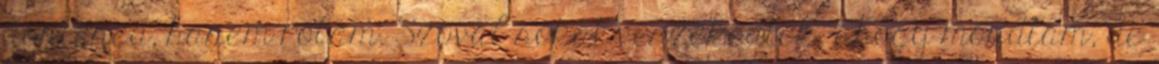
döntened, hanem rólam. Szóval sokat veszekedtek, ahogy mondtam, de